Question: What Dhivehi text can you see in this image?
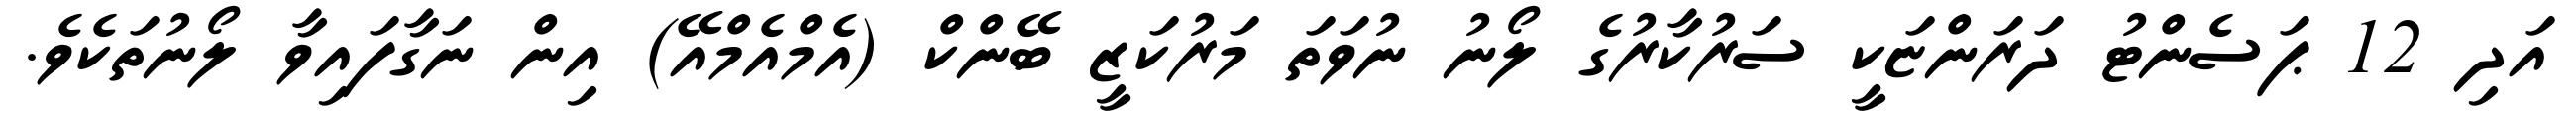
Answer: އަދި 12 ޕަސެންޓު ދަރަންޏަކީ ސަރުކާރުގެ ލޯނު ނުވަތަ މަރުކަޒީ ބޭންކް (އެމްއެމްއޭ) އިން ނަގާފައިވާ ލޯނުތަކެވެ.